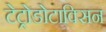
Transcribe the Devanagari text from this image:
टेट्रोडोटाक्सिन